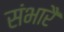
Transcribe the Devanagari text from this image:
संभारै